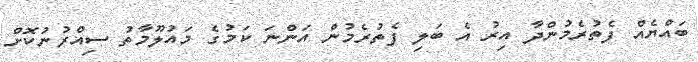
ބައްޔެއް ފެތުރެމުންދާ އިރު އެ ބަލި ފެތުރެމުން އަންނަ ކަމުގެ މައުލޫމާތު ސިއްރުނުކޮށް